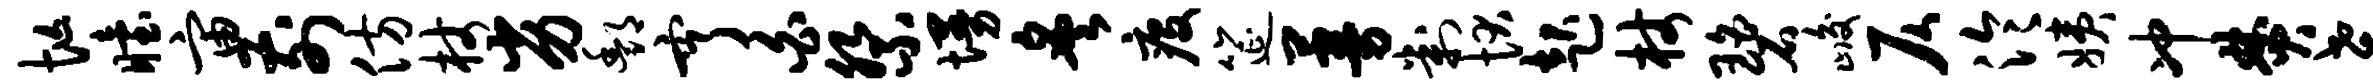
忙眙宙前仿杖劣酆亨白祭墁炙疫筵蔓判状起杖碧峻仄泠姨冲焚桑